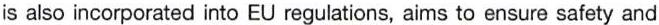
is also incorporated into EU regulations, aims to ensure safety and